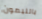
بالليمون